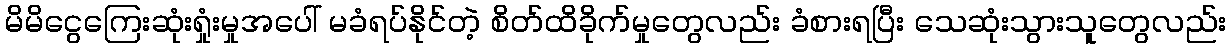
မိမိငွေကြေးဆုံးရှုံးမှုအပေါ် မခံရပ်နိုင်တဲ့ စိတ်ထိခိုက်မှုတွေလည်း ခံစားရပြီး သေဆုံးသွားသူတွေလည်း